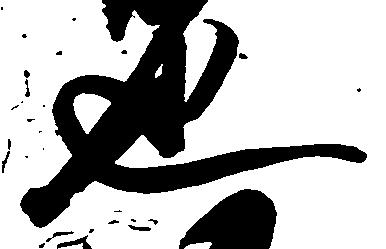
也